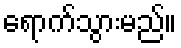
ရောက်သွားမည်။